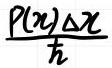
$\frac{P(x)\Delta x}{\hbar}$